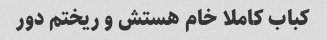
کباب کاملا خام هستش و ریختم دور